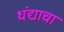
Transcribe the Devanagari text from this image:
धंद्याचा